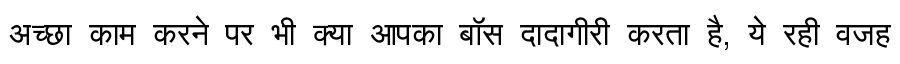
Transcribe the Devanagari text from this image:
अच्छा काम करने पर भी क्या आपका बॉस दादागीरी करता है, ये रही वजह